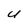
Character: U